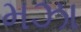
મઝા